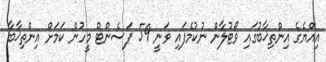
އިއްޔެގެ އިންތިޚާބުގައި ވޯޓުލާން ނުކުމެފައި ވަނީ 59 ޕަސެންޓް މީހުން ކަމަށް އިންތިޚާބާ